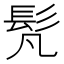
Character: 𩫼